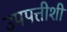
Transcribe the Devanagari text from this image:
उपपत्तीशी